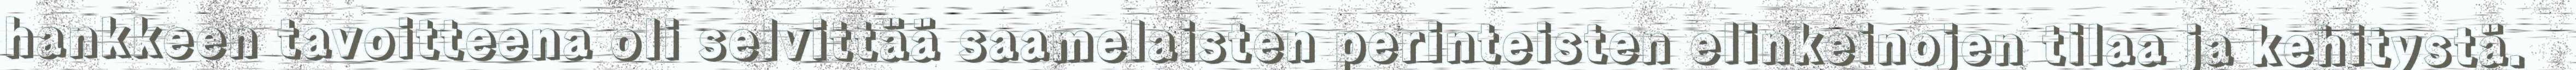
hankkeen tavoitteena oli selvittää saamelaisten perinteisten elinkeinojen tilaa ja kehitystä.